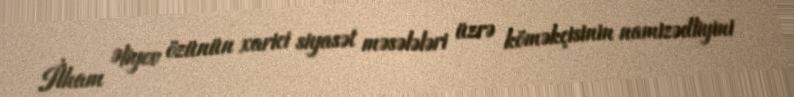
İlham Əliyev özünün xarici siyasət məsələləri üzrə köməkçisinin namizədliyini